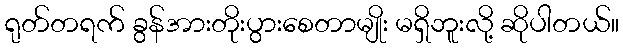
ရုတ်တရက် ခွန်အားတိုးပွားစေတာမျိုး မရှိဘူးလို့ ဆိုပါတယ်။